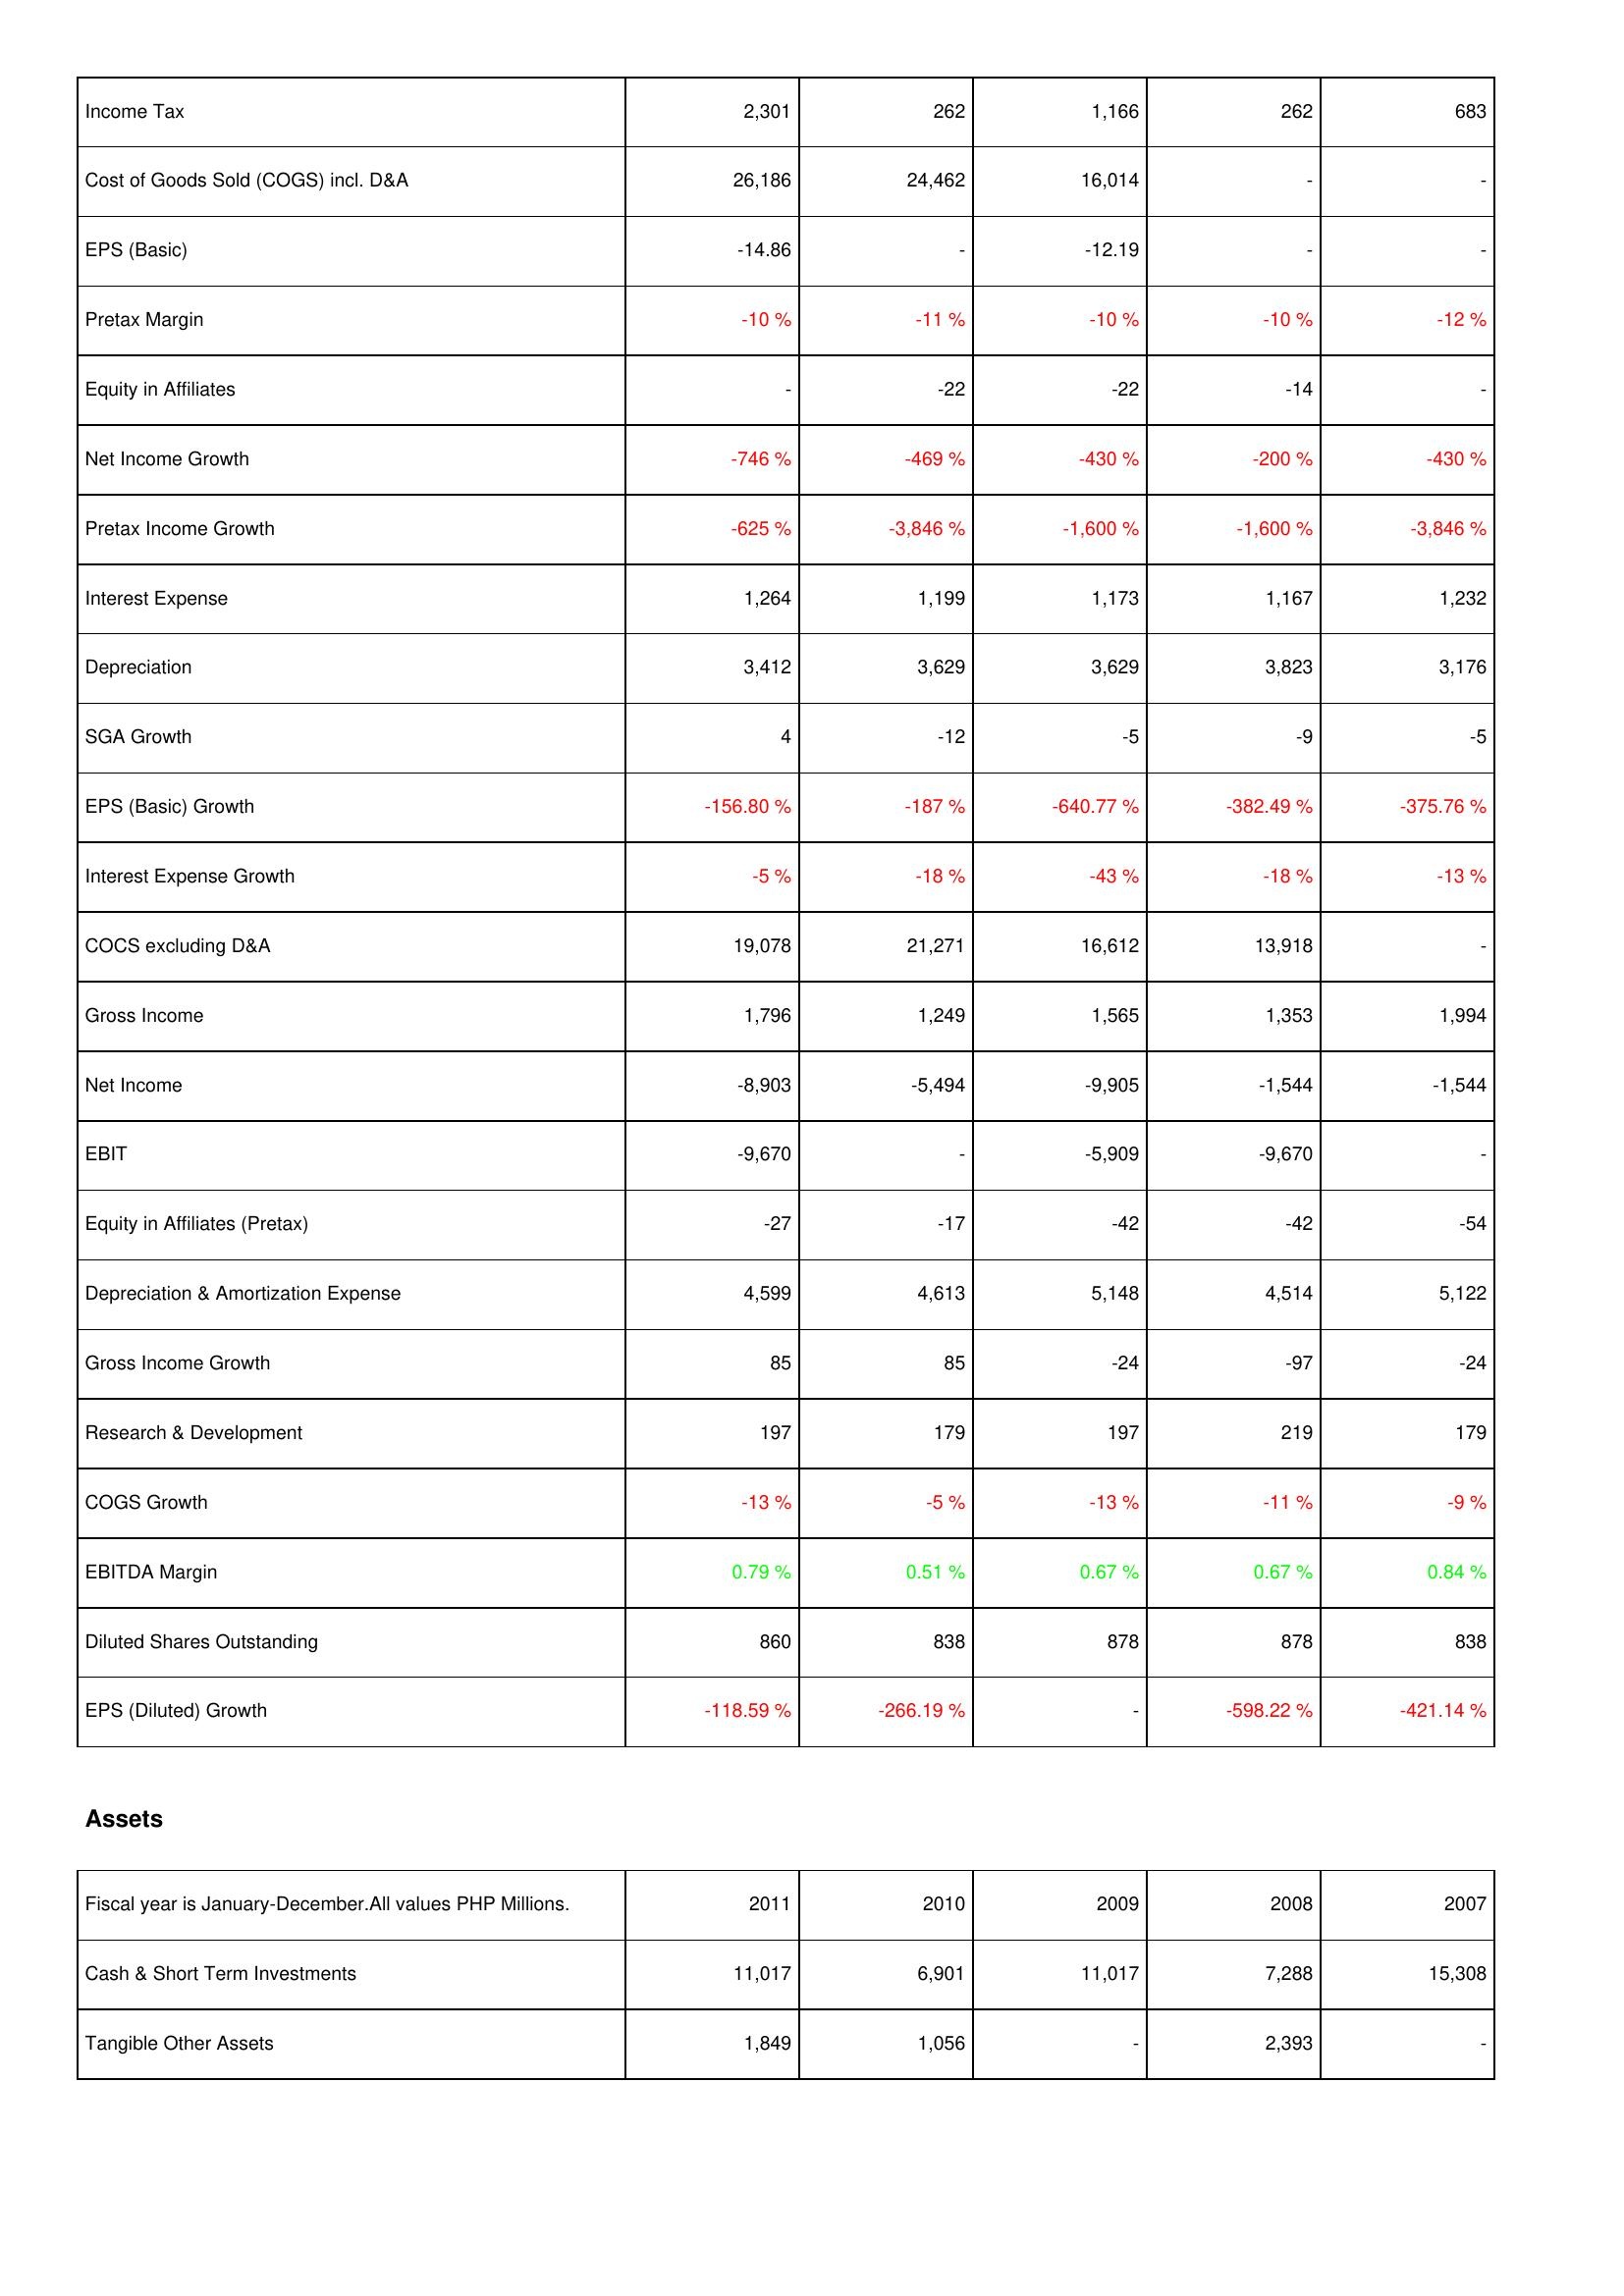
2011: Income Statement: Income Tax: 2,301
Cost of Goods Sold (COGS) incl. D&A: 26,186
EPS (Basic): -14.86
Pretax Margin: -10 %
Equity in Affiliates: -
Net Income Growth: -746 %
Pretax Income Growth: -625 %
Interest Expense: 1,264
Depreciation: 3,412
SGA Growth: 4
EPS (Basic) Growth: -156.80 %
Interest Expense Growth: -5 %
COCS excluding D&A: 19,078
Gross Income: 1,796
Net Income: -8,903
EBIT: -9,670
Equity in Affiliates (Pretax): -27
Depreciation & Amortization Expense: 4,599
Gross Income Growth: 85
Research & Development: 197
COGS Growth: -13 %
EBITDA Margin: 0.79 %
Diluted Shares Outstanding: 860
EPS (Diluted) Growth: -118.59 %
Assets: Cash & Short Term Investments: 11,017
Tangible Other Assets: 1,849
2010: Income Statement: Income Tax: 262
Cost of Goods Sold (COGS) incl. D&A: 24,462
EPS (Basic): -
Pretax Margin: -11 %
Equity in Affiliates: -22
Net Income Growth: -469 %
Pretax Income Growth: -3,846 %
Interest Expense: 1,199
Depreciation: 3,629
SGA Growth: -12
EPS (Basic) Growth: -187 %
Interest Expense Growth: -18 %
COCS excluding D&A: 21,271
Gross Income: 1,249
Net Income: -5,494
EBIT: -
Equity in Affiliates (Pretax): -17
Depreciation & Amortization Expense: 4,613
Gross Income Growth: 85
Research & Development: 179
COGS Growth: -5 %
EBITDA Margin: 0.51 %
Diluted Shares Outstanding: 838
EPS (Diluted) Growth: -266.19 %
Assets: Cash & Short Term Investments: 6,901
Tangible Other Assets: 1,056
2009: Income Statement: Income Tax: 1,166
Cost of Goods Sold (COGS) incl. D&A: 16,014
EPS (Basic): -12.19
Pretax Margin: -10 %
Equity in Affiliates: -22
Net Income Growth: -430 %
Pretax Income Growth: -1,600 %
Interest Expense: 1,173
Depreciation: 3,629
SGA Growth: -5
EPS (Basic) Growth: -640.77 %
Interest Expense Growth: -43 %
COCS excluding D&A: 16,612
Gross Income: 1,565
Net Income: -9,905
EBIT: -5,909
Equity in Affiliates (Pretax): -42
Depreciation & Amortization Expense: 5,148
Gross Income Growth: -24
Research & Development: 197
COGS Growth: -13 %
EBITDA Margin: 0.67 %
Diluted Shares Outstanding: 878
EPS (Diluted) Growth: -
Assets: Cash & Short Term Investments: 11,017
Tangible Other Assets: -
2008: Income Statement: Income Tax: 262
Cost of Goods Sold (COGS) incl. D&A: -
EPS (Basic): -
Pretax Margin: -10 %
Equity in Affiliates: -14
Net Income Growth: -200 %
Pretax Income Growth: -1,600 %
Interest Expense: 1,167
Depreciation: 3,823
SGA Growth: -9
EPS (Basic) Growth: -382.49 %
Interest Expense Growth: -18 %
COCS excluding D&A: 13,918
Gross Income: 1,353
Net Income: -1,544
EBIT: -9,670
Equity in Affiliates (Pretax): -42
Depreciation & Amortization Expense: 4,514
Gross Income Growth: -97
Research & Development: 219
COGS Growth: -11 %
EBITDA Margin: 0.67 %
Diluted Shares Outstanding: 878
EPS (Diluted) Growth: -598.22 %
Assets: Cash & Short Term Investments: 7,288
Tangible Other Assets: 2,393
2007: Income Statement: Income Tax: 683
Cost of Goods Sold (COGS) incl. D&A: -
EPS (Basic): -
Pretax Margin: -12 %
Equity in Affiliates: -
Net Income Growth: -430 %
Pretax Income Growth: -3,846 %
Interest Expense: 1,232
Depreciation: 3,176
SGA Growth: -5
EPS (Basic) Growth: -375.76 %
Interest Expense Growth: -13 %
COCS excluding D&A: -
Gross Income: 1,994
Net Income: -1,544
EBIT: -
Equity in Affiliates (Pretax): -54
Depreciation & Amortization Expense: 5,122
Gross Income Growth: -24
Research & Development: 179
COGS Growth: -9 %
EBITDA Margin: 0.84 %
Diluted Shares Outstanding: 838
EPS (Diluted) Growth: -421.14 %
Assets: Cash & Short Term Investments: 15,308
Tangible Other Assets: -